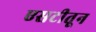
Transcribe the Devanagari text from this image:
एसटीतून